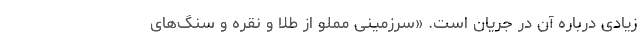
زیادی درباره آن در جریان است. «سرزمینی مملو از طلا و نقره و سنگ‌های